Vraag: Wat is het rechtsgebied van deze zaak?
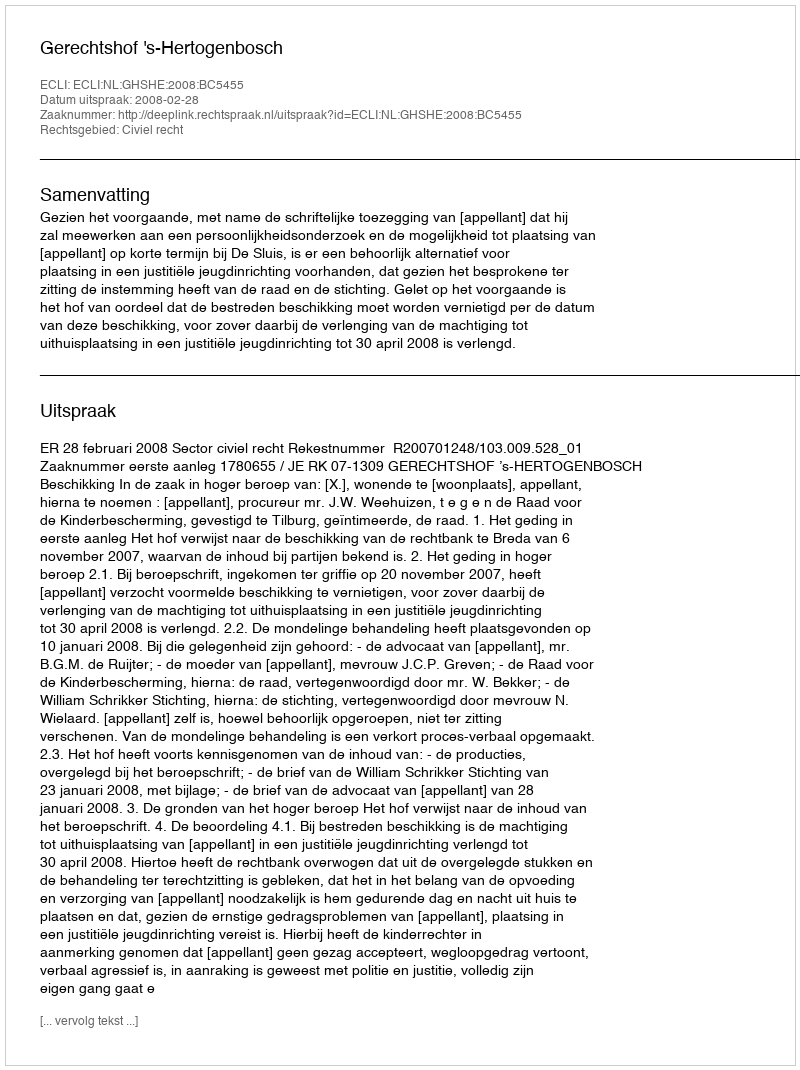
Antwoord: Civiel recht